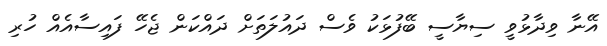
އޭނާ ވިދާޅުވީ ސިޔާސީ ބޭފުޅަކު ވެސް ދައުލަތަށް ދައްކަން ޖެހޭ ފައިސާއެއް ހުރި